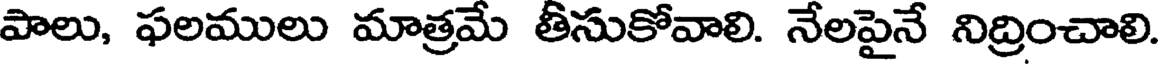
పాలు, ఫలములు మాత్రమే తీసుకోవాలి. నేలపైనే నిద్రించాలి.